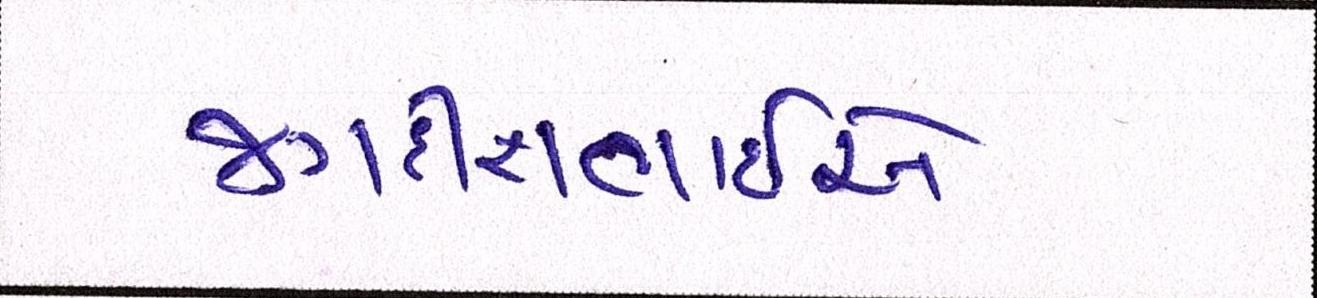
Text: જગદીશભાઇએ